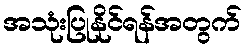
အသုံးပြုနိုင်ရန်အတွက်